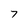
Character: 7